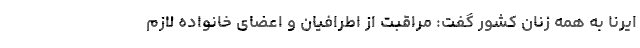
ایرنا به همه زنان کشور گفت: مراقبت از اطرافیان و اعضای خانواده لازم